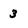
Character: 3